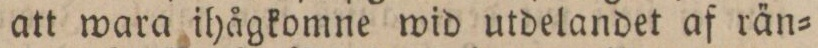
att wara ihågkomne wid utdelandet af rän=